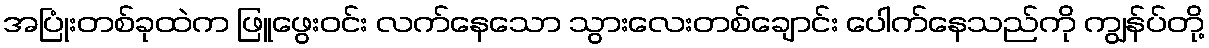
အပြုံးတစ်ခုထဲက ဖြူဖွေးဝင်း လက်နေသော သွားလေးတစ်ချောင်း ပေါက်နေသည်ကို ကျွန်ပ်တို့